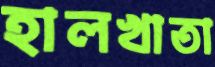
হালখাতা